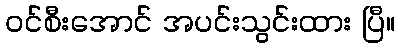
ဝင်စီးအောင် အပင်းသွင်းထား ပြီ။